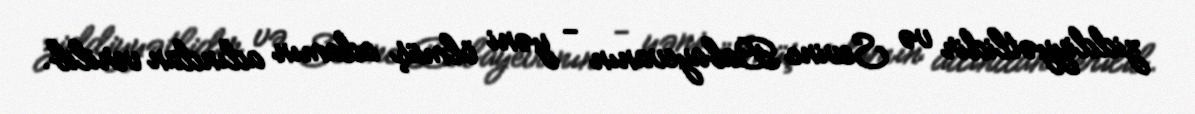
ziddiyyətlidir və Sevinc Babayevanın - yəni ölmüş adamın adından verilib.